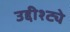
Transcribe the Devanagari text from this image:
उद्दीश्ट्ये